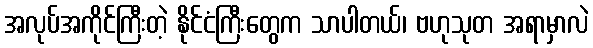
အလုပ်အကိုင်ကြီးတဲ့ နိုင်ငံကြီးတွေက သာပါတယ်၊ ဗဟုသုတ အရာမှာလဲ